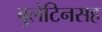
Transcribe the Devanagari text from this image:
बुलेटिनसह